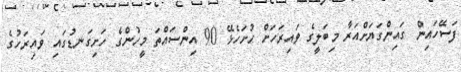
ފަސޭހައިން ގައިންގަޔަށްއަރާ މިބަލީގެ ވައިރަހަށް ހުށަހެޅޭ 90 އިންސައްތަ މީހުންގެ ހަށިގަނޑުގައި ވައިރަހުގެ